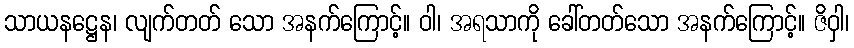
သာယနဋ္ဌေန၊ လျက်တတ် သော အနက်ကြောင့်။ ဝါ၊ အရသာကို ခေါ်တတ်သော အနက်ကြောင့်။ ဇိဝှါ၊